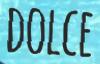
DOLCE